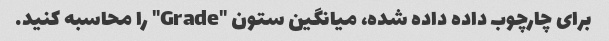
برای چارچوب داده داده شده، میانگین ستون "Grade" را محاسبه کنید.